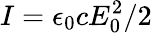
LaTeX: I=\epsilon_{0}cE_{0}^{2}/2